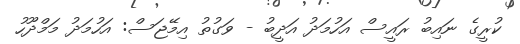
ކުރީގެ ނައިބު ރައީސް އަހުމަދު އަދީބު - ވަގުތު އިމޭޖަސް: އަހުމަދު މަމްދޫހު